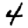
Digit: 4